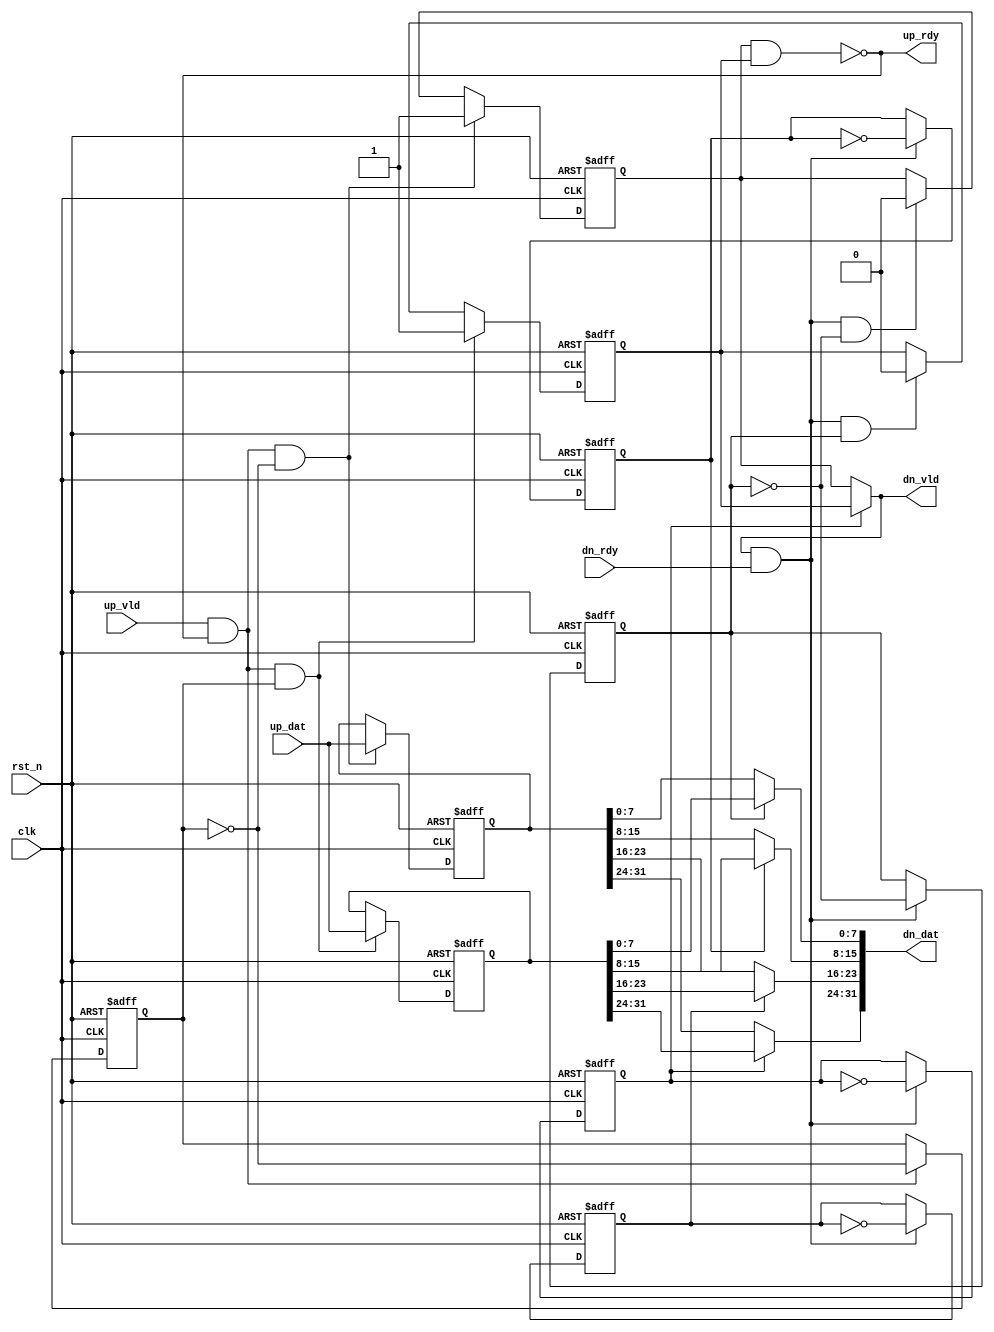
//////////////////////////////////////////////////////////////////////////////////
// Company: 
// Engineer: 
// 
// Design Name: 
// Module Name: reg_timing
// Project Name: 
// Target Devices: 
// Tool Versions: 
// Description: 
// 
// Dependencies: 
// 
// Revision:
// Revision 0.01 - File Created
// Additional Comments:
// 
//////////////////////////////////////////////////////////////////////////////////


module reg_timing
# (
  parameter w = 32
)
(
  input           clk,
  input           rst_n,
  input           up_vld,
  input   [w-1:0] up_dat,
  output          up_rdy,
  output          dn_vld,
  output  [w-1:0] dn_dat,
  input           dn_rdy
); // sif_retime

localparam cw = w/8;

reg           up_bank;
reg           dn_bank [cw-1:0]/* synthesis preserve */;
reg   [w-1:0] bank0_data;
reg           bank0_valid;
reg   [w-1:0] bank1_data;
reg           bank1_valid;

// up stream
assign up_rdy = ~(bank0_valid & bank1_valid);

always @(posedge clk or negedge rst_n)
  if(!rst_n)
    up_bank <= 1'b0;
  else if(up_vld & up_rdy)
    up_bank <= ~up_bank;

// bank 0
always @(posedge clk or negedge rst_n)
  if(!rst_n)
    bank0_valid <= 1'b0;
  else if(up_vld & up_rdy & ~up_bank)
    bank0_valid <= 1'b1;
  else if(dn_vld & dn_rdy & ~dn_bank[0])
    bank0_valid <= 1'b0;

always @(posedge clk or negedge rst_n)
    if(!rst_n)
        bank0_data <= 0;
    else if(up_vld & up_rdy & ~up_bank)
        bank0_data <= up_dat;

// bank 1
always @(posedge clk or negedge rst_n)
  if(!rst_n)
    bank1_valid <= 1'b0;
  else if(up_vld & up_rdy & up_bank)
    bank1_valid <= 1'b1;
  else if(dn_vld & dn_rdy & dn_bank[0])
    bank1_valid <= 1'b0;

always @(posedge clk or negedge rst_n)
    if(!rst_n)
        bank1_data <= 0;
    else if(up_vld & up_rdy & up_bank)
        bank1_data <= up_dat;

genvar j;
generate
// down stream
for(j=0;j<cw;j=j+1) begin:CPY_DN_BANK0
always @(posedge clk or negedge rst_n)
  if(!rst_n)
    dn_bank[j] <= 1'b0;
  else if(dn_vld & dn_rdy)
    dn_bank[j] <= ~dn_bank[j];
end
endgenerate

assign dn_vld = (dn_bank[cw-1]) ? bank1_valid : bank0_valid;

genvar i;
generate
  for(i=0;i<cw-1;i=i+1) begin:CPY_DN_BANK1
    assign dn_dat[8*(i+1)-1:8*i] = (dn_bank[i]) ? bank1_data[8*(i+1)-1:8*i] : bank0_data[8*(i+1)-1:8*i];
  end

  assign dn_dat[w-1:8*(cw-1)] = (dn_bank[cw-1]) ? bank1_data[w-1:8*(cw-1)] : bank0_data[w-1:8*(cw-1)]; 
endgenerate
endmodule // sif_retime